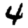
Digit: 4